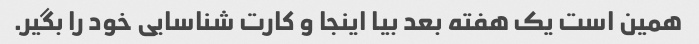
همین است یک هفته بعد بیا اینجا و کارت شناسایی خود را بگیر.